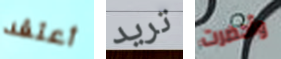
أعتقد تريد وأحضرت